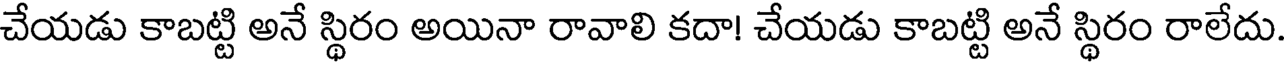
చేయడు కాబట్టి అనే స్థిరం అయినా రావాలి కదా! చేయడు కాబట్టి అనే స్థిరం రాలేదు.